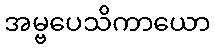
အမ္ဗပေသိကာယော